Piroplasma canis and its life cycle in the tick - Number 29
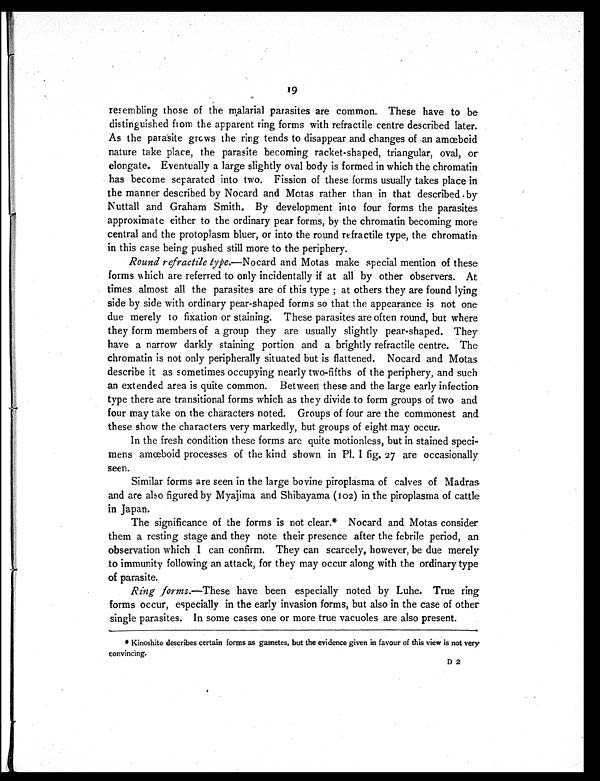
19
r resembling those of the malarial parasites are common. These have to be
distinguished from the apparent ring forms with refractile centre described later.
As the parasite grows the ring tends to disappear and changes of an amœboid
nature take place, the parasite becoming racket-shaped, triangular, oval, or
elongate. Eventually a large slightly oval body is formed in which the chromatin
has become separated into two. Fission of these forms usually takes place in
the manner described by Nocard and Motas rather than in that described by
Nuttall and Graham Smith. By development into four forms the parasites
approximate either to the ordinary pear forms, by the chromatin becoming more
central and the protoplasm bluer, or into the round refractile type, the chromatin
in this case being pushed still more to the periphery.
Round refractile type.—Nocard and Motas make special mention of these
forms which are referred to only incidentally if at all by other observers. At
times almost all the parasites are of this type ; at others they are found lying
side by side with ordinary pear-shaped forms so that the appearance is not one
due merely to fixation or staining. These parasites are often round, but where
they form members of a group they are usually slightly pear-shaped. They
have a narrow darkly staining portion and a brightly refractile centre. The
chromatin is not only peripherally situated but is flattened. Nocard and Motas
describe it as sometimes occupying nearly two-fifths of the periphery, and such
an extended area is quite common. Between these and the large early infection
type there are transitional forms which as they divide to form groups of two and
four may take on the characters noted. Groups of four are the commonest and
these show the characters very markedly, but groups of eight may occur.
In the fresh condition these forms are quite motionless, but in stained speci-
mens amœboid processes of the kind shown in Pl. I fig. 27 are occasionally
seen.
Similar forms are seen in the large bovine piroplasma of calves of Madras
and are also figured by Myajima and Shibayama (102) in the piroplasma of cattle
in Japan.
The significance of the forms is not clear.* Nocard and Motas consider
them a resting stage and they note their presence after the febrile period, an
observation which I can confirm. They can scarcely, however, be due merely
to immunity following an attack, for they may occur along with the ordinary type
of parasite.
Ring forms.—These have been especially noted by Luhe. True ring
forms occur, especially in the early invasion forms, but also in the case of other
single parasites. In some cases one or more true vacuoles are also present.
•
* Kinoshito describes certain forms as gametes, but the evidence given in favour of this view is not very
convincing.
D 2